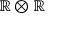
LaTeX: \mathbb { R } \otimes \mathbb { R }